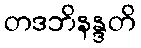
တဒဘိနန္ဒတိ